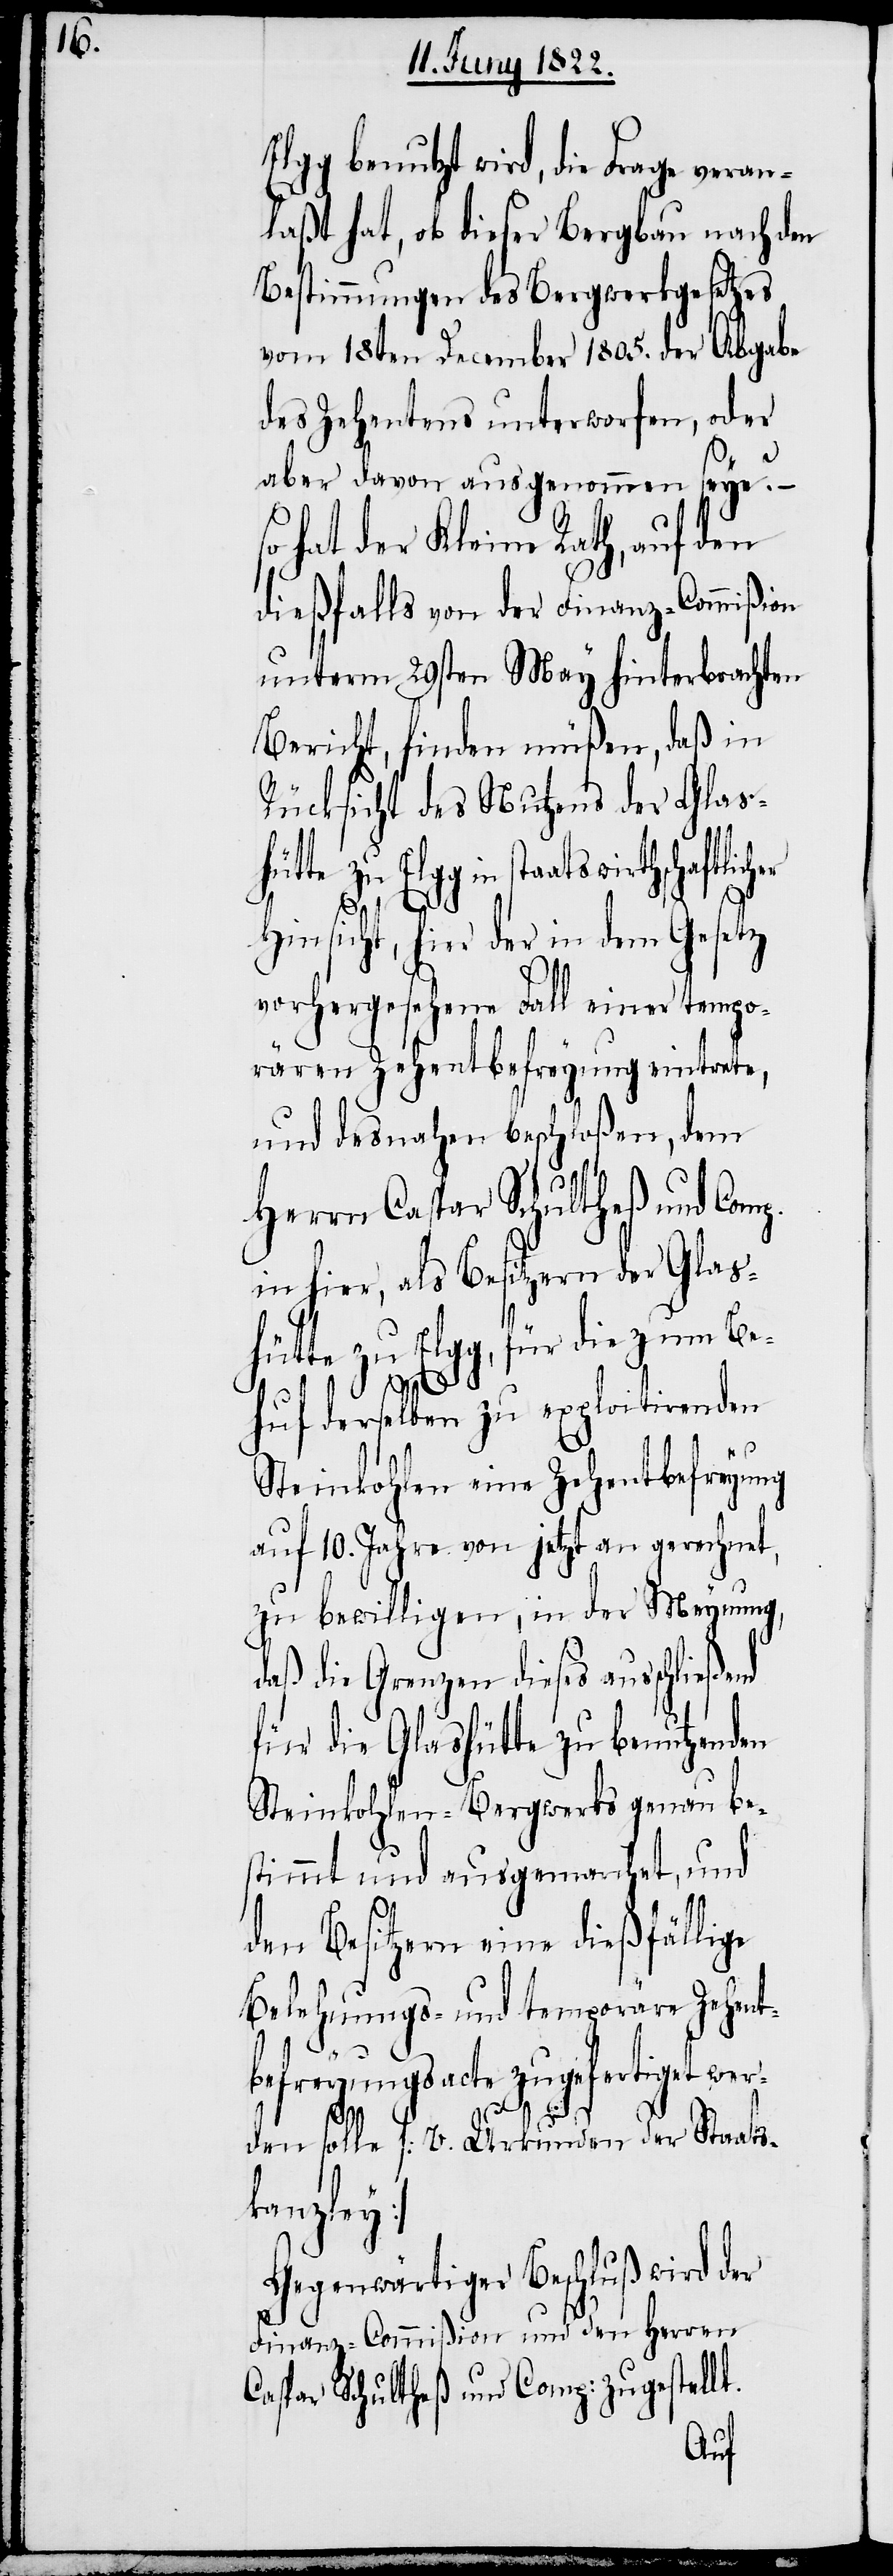
Elgg benutzt wird, die Frage veran¬
laßt hat, ob dieser Bergbau nach den
Bestimmungen des Bergwerkgesetzes
vom 18ten December 1805. der Abgabe
des Zehentens unterworfen, oder
aber davon ausgenommen seye? –
so hat der Kleine Rath, auf den
dießfalls von der Finanz-Commißion
unterm 29ten May hinterbrachten
Bericht, finden müßen, daß in
Rücksicht des Nutzens der Glash¬
Elgg in staatswirthschaftlic¬
Hinsicht, hier der in dem Gesetz
vorhergesehene Fall einer tempo¬
rären Zehentbefreyung eintrete,
und desnahen beschloßen, dem
Herrn Caspar Schultheiß und Com¬
in hier, als Besitzern der Glas¬
hütte zu Elgg, für die zum Be¬
huf derselben zu exploitirenden
Steinkohlen eine Zehentbefreyung
auf 10. Jahre von jetzt an gerechnet,
zu bewilligen, in der Meynung,
daß die Grenzen dieses anschließend
für die Glashütte zu benutzenden
Steinkohlen-Bergwerks genau be¬
stimmt und ausgemarchet, und
den Besitzern eine dießfällige
Belehungs- und temporäre Zehent¬
befreyungsacte zugefertiget wer¬
p.
den solle [v. Urkunden der Staats¬
kanzley].
Gegenwärtiger Beschluß wird der
Finanz-Commißion und den Herren
Caspar Schultheiß und Comp: zugestellt